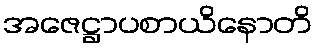
အဇေဋ္ဌာပစာယိနောတိ